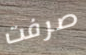
صرفت